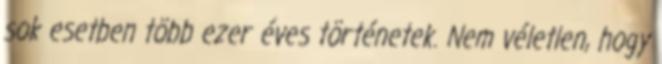
sok esetben több ezer éves történetek. Nem véletlen, hogy